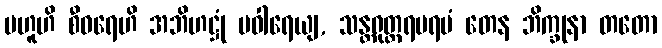
ဗဟူဟိ စီဝရေဟိ အဘိဟဋ္ဌုံ ပဝါရေယျ, သန္တရုတ္တရပရမံ တေန ဘိက္ခုနာ တတော